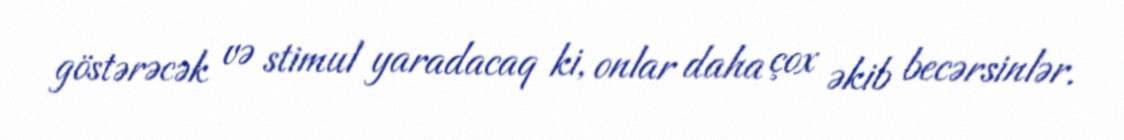
göstərəcək və stimul yaradacaq ki, onlar daha çox əkib becərsinlər.